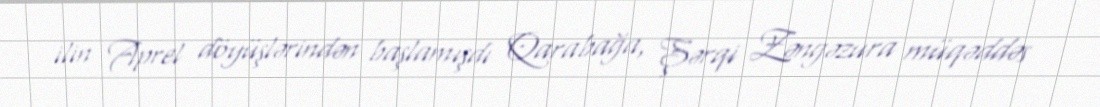
ilin Aprel döyüşlərindən başlamışdı Qarabağa, Şərqi Zəngəzura müqəddəs